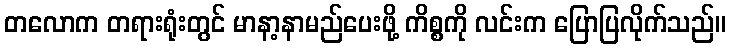
တလောက တရားရုံးတွင် မာနာ့နာမည်ပေးဖို့ ကိစ္စကို လင်းက ပြောပြလိုက်သည်။